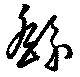
繇